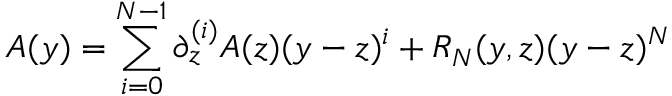
A ( y ) = \sum _ { i = 0 } ^ { N - 1 } \partial _ { z } ^ { ( i ) } A ( z ) ( y - z ) ^ { i } + R _ { N } ( y , z ) ( y - z ) ^ { N }